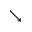
\searrow